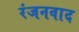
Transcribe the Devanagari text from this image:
रंजनवाद